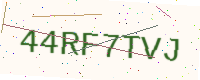
Text: 44RF7TVJ